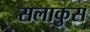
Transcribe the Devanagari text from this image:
सलाकुस